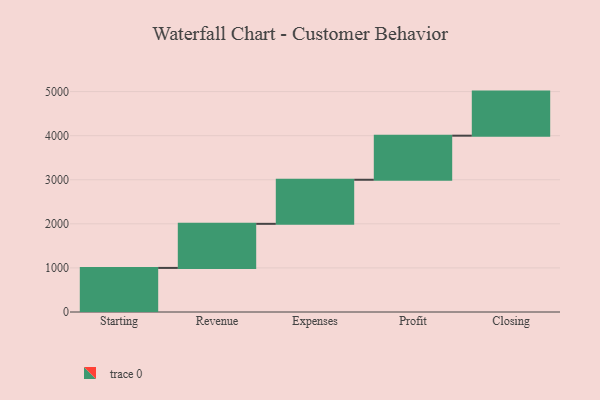
{"axis": {"x": "Step", "y": "Value"}, "legend": [""], "data": [{"x": "Starting", "y": 1000, "type": ""}, {"x": "Revenue", "y": 1000, "type": ""}, {"x": "Expenses", "y": 1000, "type": ""}, {"x": "Profit", "y": 1000, "type": ""}, {"x": "Closing", "y": 1000, "type": ""}]}